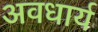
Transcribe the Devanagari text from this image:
अवधार्य